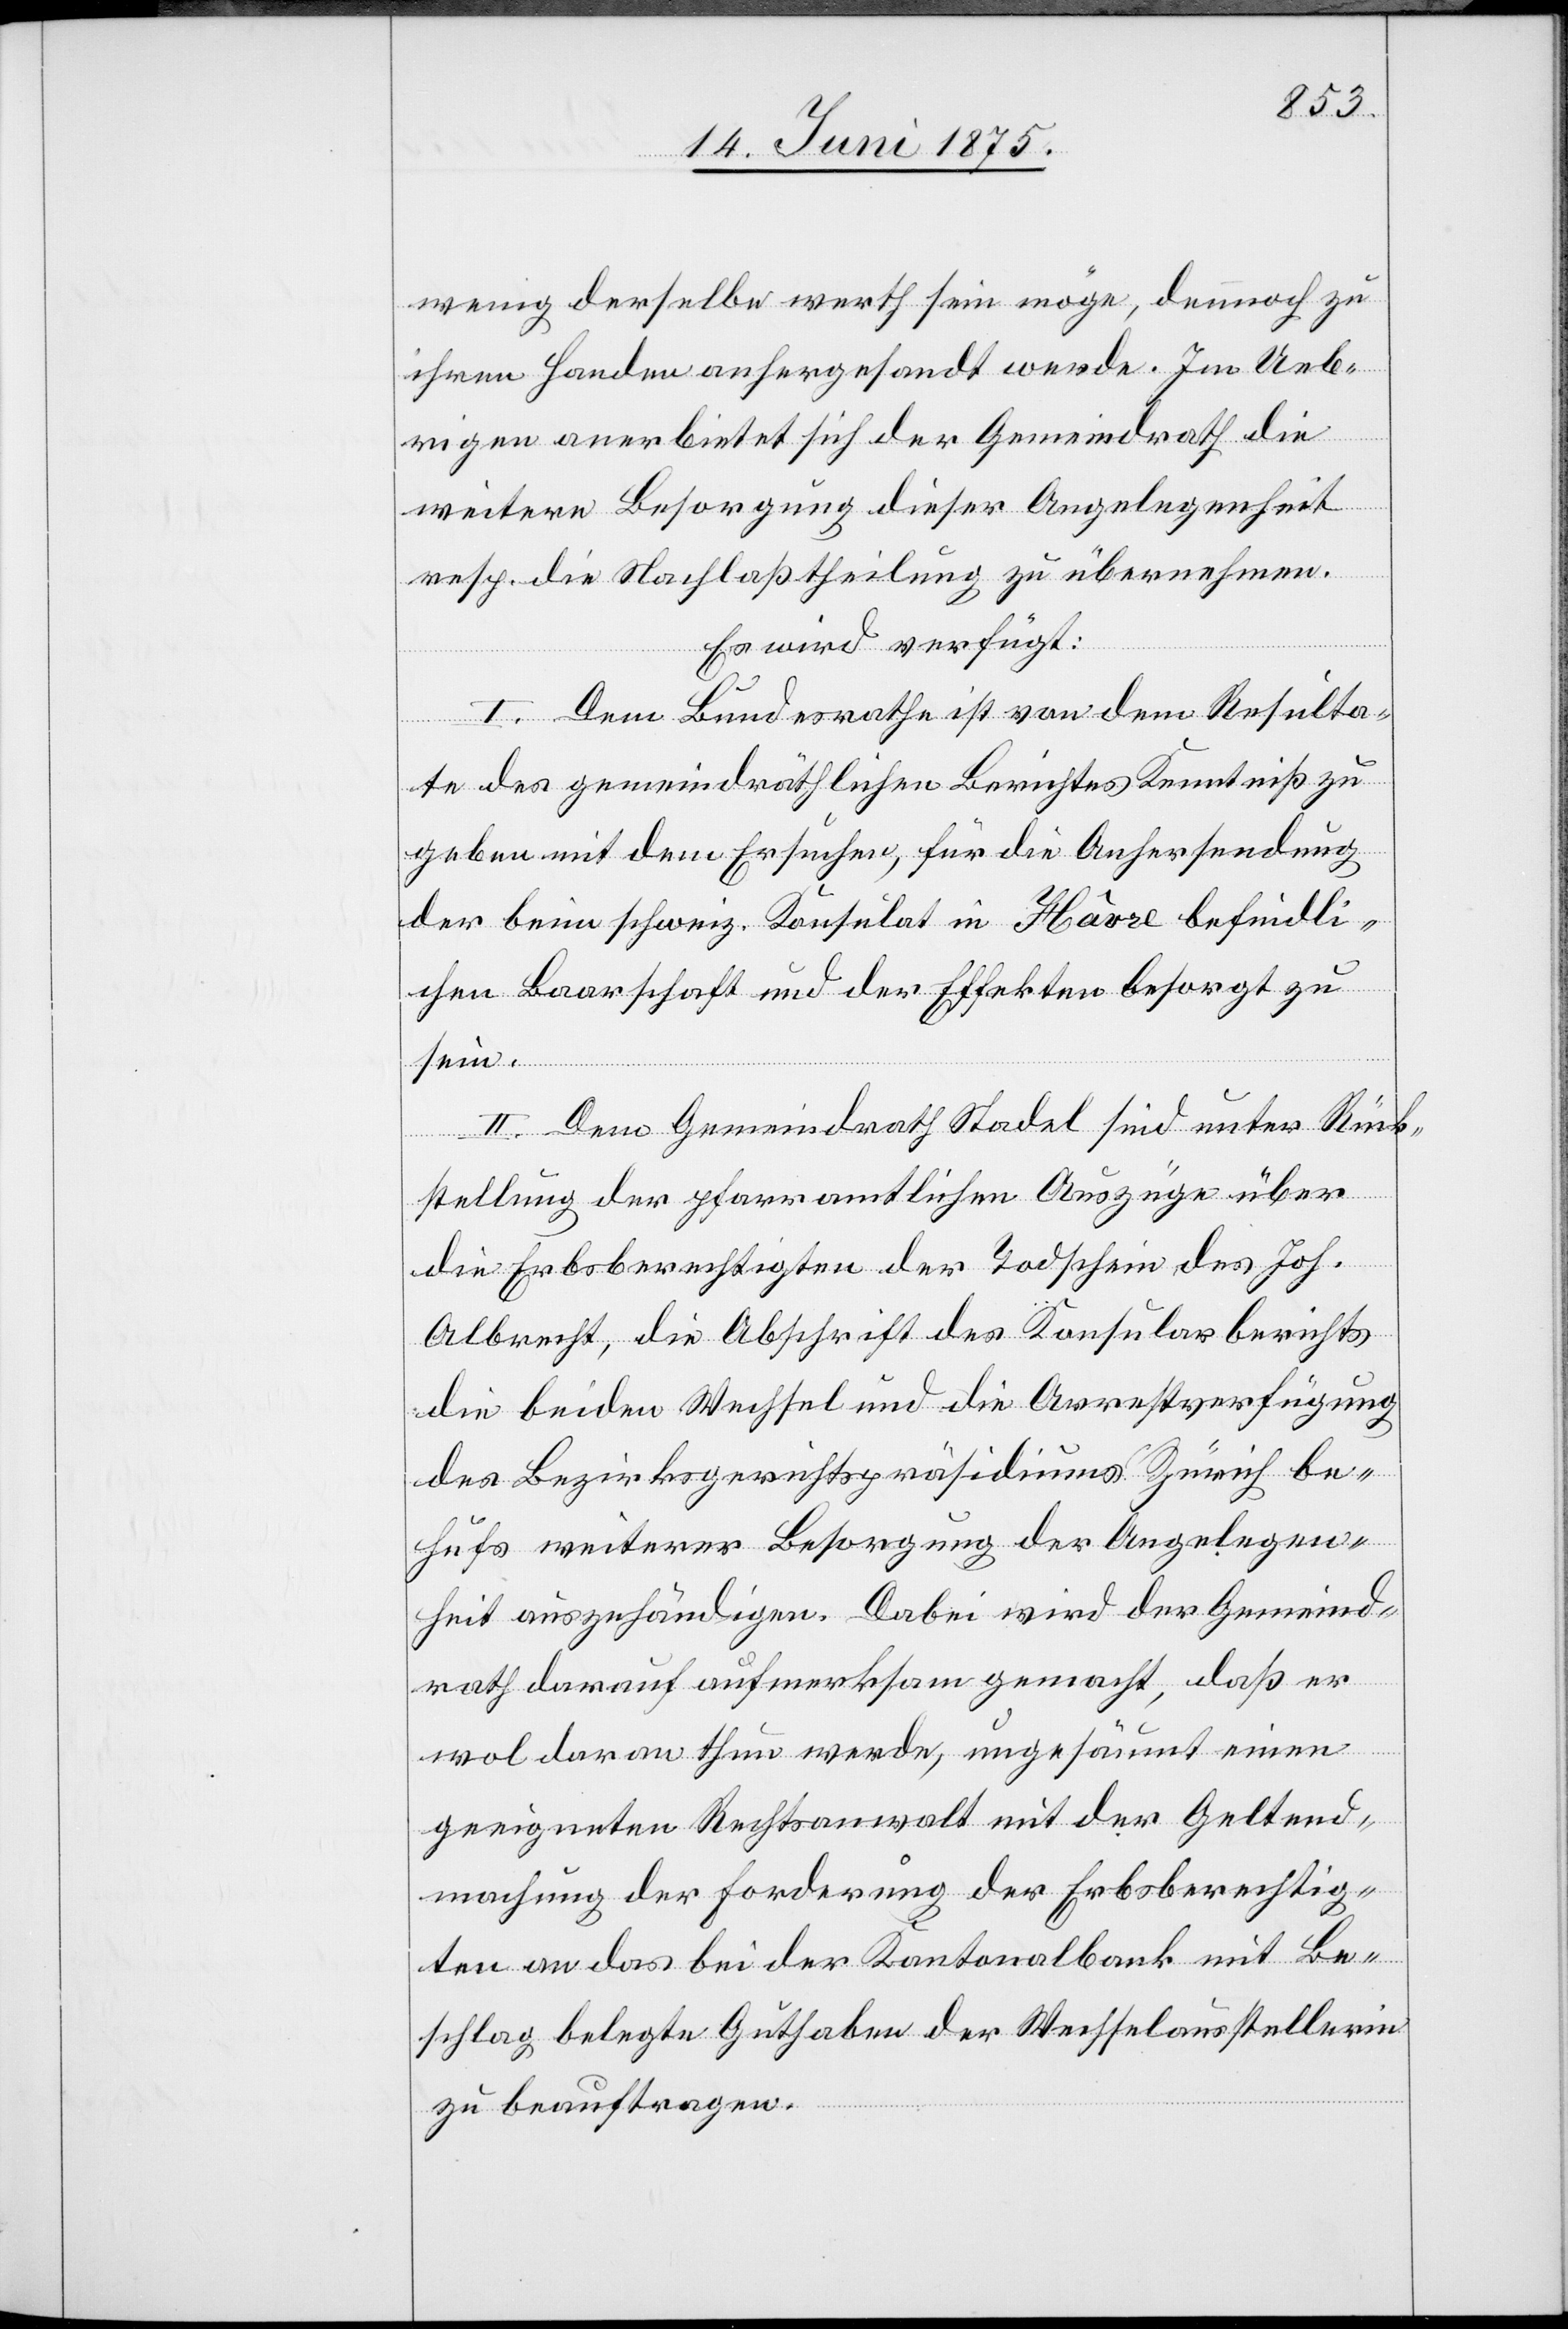
wenig derselbe werth sein möge, dennoch zu
ihren Handen anhergesandt werde. Im Ueb¬
rigen anerbietet sich der Gemeindrath die
weitere Besorgung dieser Angelegenheit
resp. die Nachlaßtheilung zu übernehmen.
Es wird verfügt:
I. Dem Bundesrathe ist von dem Resulta¬
te des gemeindräthlichen Berichtes Kenntniß zu
geben mit dem Ersuchen, für die Anhersendung
der beim schweiz. Konsulat in Hâvre befindli¬
chen Baarschaft und der Effekten besorgt zu
sein.
II. Dem Gemeindrath Stadel sind unter Rück¬
stellung der pfarramtlichen Auszüge über
die Erbsberechtigten der Todschein des Joh.
Albrecht, die Abschrift des Konsularberichts
die beiden Wechsel und die Arrestverfügung
des Bezirksgerichtspräsidiums Zürich be¬
hufs weiterer Besorgung der Angelegen¬
heit auszuhändigen. Dabei wird der Gemeind¬
rath darauf aufmerksam gemacht, daß er
wol daran thun werde, ungesäumt einen
geeigneten Rechtsanwalt mit der Geltend¬
machung der Forderung der Erbberechtig¬
ten an das bei der Kantonalbank mit Be¬
schlag belegte Guthaben der Wechselausstellerin
zu beauftragen.